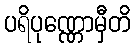
ပရိပုဏ္ဏောမှီတိ